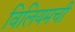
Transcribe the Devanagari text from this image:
विलियमची